Report of the Indian Hemp Drugs Commission, 1894-1895 - Volume I
Year: 1894
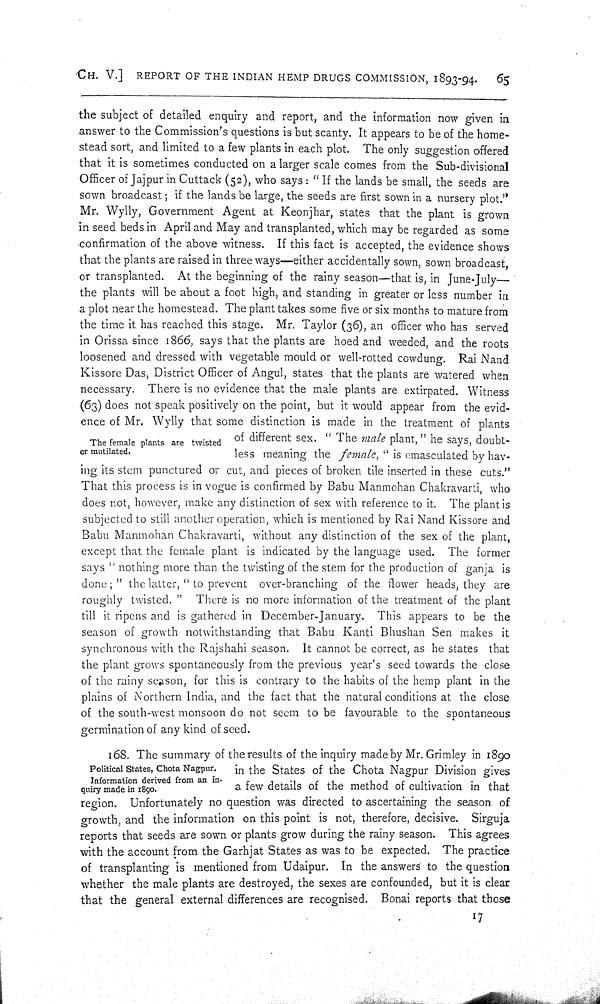
CH. V.] REPORT OF THE INDIAN HEMP DRUGS COMMISSION, 1893-94.
65
The female plants are twisted
or mutilated.
the subject of detailed enquiry and report, and the information now given in
answer to the Commission's questions is but scanty. It appears to be of the home-
stead sort, and limited to a few plants in each plot. The only suggestion offered
that it is sometimes conducted on a larger scale comes from the Sub-divisional
Officer of Jajpur in Cuttack (52), who says: "If the lands be small, the seeds are
sown broadcast; if the lands be large, the seeds are first sown in a nursery plot."
Mr. Wylly, Government Agent at Keonjhar, states that the plant is grown
in seed beds in April and May and transplanted, which may be regarded as some
confirmation of the above witness. If this fact is accepted, the evidence shows
that the plants are raised in three ways—either accidentally sown, sown broadcast,
or transplanted. At the beginning of the rainy season—that is, in June-July—
the plants will be about a foot high, and standing in greater or less number in
a plot near the homestead. The plant takes some five or six months to mature from
the time it has reached this stage. Mr. Taylor (36), an officer who has served
in Orissa since 1866, says that the plants are hoed and weeded, and the roots
loosened and dressed with vegetable mould or well-rotted cowdung. Rai Nand
Kissore Das, District Officer of Angul, states that the plants are watered when
necessary. There is no evidence that the male plants are extirpated. Witness
(63) does not speak positively on the point, but it would appear from the evid-
ence of Mr. Wylly that some distinction is made in the treatment of plants
of different sex. "The male plant," he says, doubt-
less meaning the female, "is emasculated by hav-
ing its stem punctured or cut, and pieces of broken tile inserted in these cuts."
That this process is in vogue is confirmed by Babu Manmohan Chakravarti, who
does not, however, make any distinction of sex with reference to it. The plant is
subjected to still another operation, which is mentioned by Rai Nand Kissore and
Babu Manmohan Chakravarti, without any distinction of the sex of the plant,
except that the female plant is indicated by the language used. The former
says "nothing more than the twisting of the stem for the production of ganja is
done;" the latter, "to prevent over-branching of the flower heads, they are
roughly twisted." There is no more information of the treatment of the plant
till it ripens and is gathered in December-January. This appears to be the
season of growth notwithstanding that Babu Kanti Bhushan Sen makes it
synchronous with the Rajshahi season. It cannot be correct, as he states that
the plant grows spontaneously from the previous year's seed towards the close
of the rainy season, for this is contrary to the habits of the hemp plant in the
plains of Northern India, and the fact that the natural conditions at the close
of the south-west monsoon do not seem to be favourable to the spontaneous
germination of any kind of seed.
Political States, Chota Nagpur.
Information derived from an in-
quiry made in 1890.
168. The summary of the results of the inquiry made by Mr. Grimley in 1890
in the States of the Chota Nagpur Division gives
a few details of the method of cultivation in that
region. Unfortunately no question was directed to ascertaining the season of
growth, and the information on this point is not, therefore, decisive. Sirguja
reports that seeds are sown or plants grow during the rainy season. This agrees
with the account from the Garhjat States as was to be expected. The practice
of transplanting is mentioned from Udaipur. In the answers to the question
whether the male plants are destroyed, the sexes are confounded, but it is clear
that the general external differences are recognised. Bonai reports that those
17